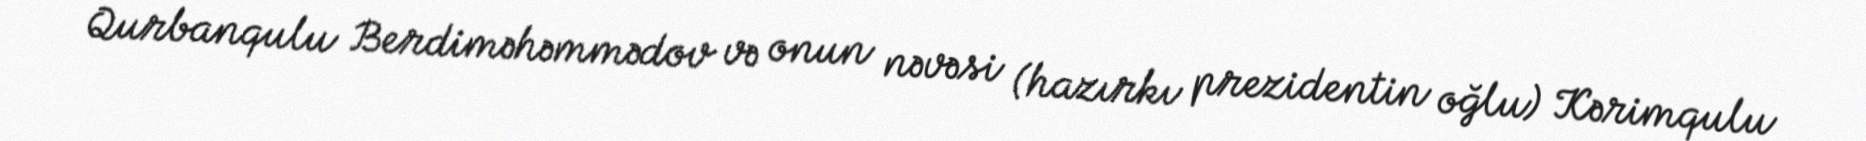
Qurbanqulu Berdiməhəmmədov və onun nəvəsi (hazırkı prezidentin oğlu) Kərimqulu